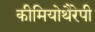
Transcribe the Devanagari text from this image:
कीमियोथैरेपी